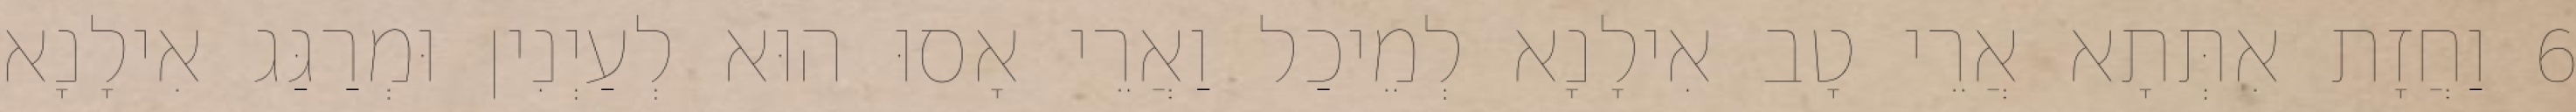
6 וַחֲזָת אִתְּתָא אֲרֵי טָב אִילָנָא לְמֵיכַל וַאֲרֵי אָסוּ הוּא לְעַיְנִין וּמְרַגַּג אִילָנָא